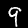
Label: 9